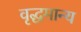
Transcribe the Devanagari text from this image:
वृद्धमान्य